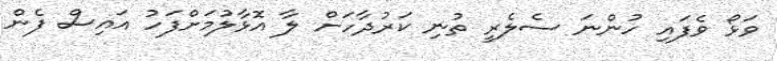
ވަޅޯ ވެފައި ހުންނަ ސެލެރީ ތުނި ކަރުދާހަށް ލާ އޮޅާލުމަށްފަހު އައިސް ފެން